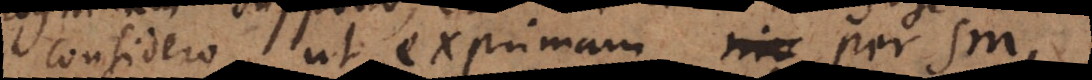
considero, ut exprimam per sm,